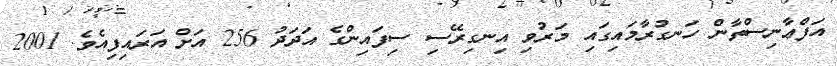
އަފްޢާނިސްތާން ހަނގުރާމައިގައި މަރުވި އިނގިރޭސި ސިފައިންގެ އަދަދު 256 އަށް އަރައިފިއެވެ. 2001